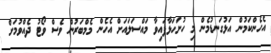
އެހެންކަމުން އަޅުގަނޑުމެން މި ހުށަހަޅާފައިވާ މައްސަލައަށް އެހެން މެމްބަރުން ވެސް ވޯޓު ދެއްވުމަށް